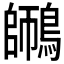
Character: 𪄜